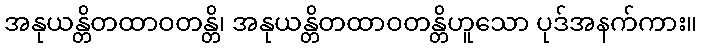
အနုယန္တိတထာဝတန္တိ၊ အနုယန္တိတထာဝတန္တိဟူသော ပုဒ်အနက်ကား။